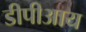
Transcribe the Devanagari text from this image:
डीपीआय